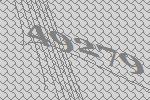
49279